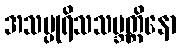
အသပ္ပုရိသသမ္ဘတ္တိနော